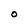
Character: O